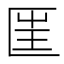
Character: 匩